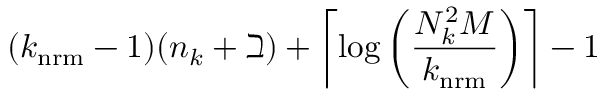
( k _ { \mathrm { n r m } } - 1 ) ( n _ { k } + \beth ) + \left\lceil \log \left( \frac { N _ { k } ^ { 2 } M } { k _ { \mathrm { n r m } } } \right) \right\rceil - 1